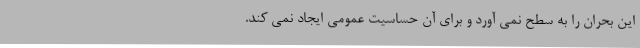
این بحران را به سطح نمی آورد و برای آن حساسیت عمومی ایجاد نمی کند.